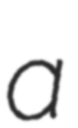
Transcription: a